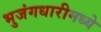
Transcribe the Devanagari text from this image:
भुजंगधारीमध्ये